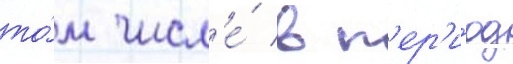
то́м числ'е́ в п'ер'и́од